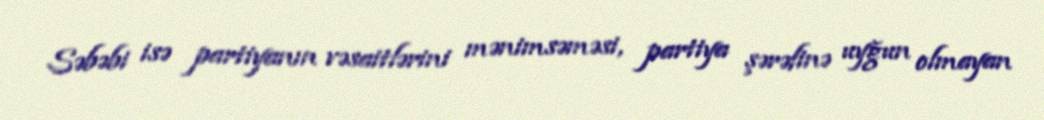
Səbəbi isə partiyanın vəsaitlərini mənimsəməsi, partiya şərəfinə uyğun olmayan